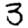
Digit: 3